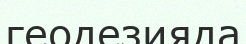
геодезияда